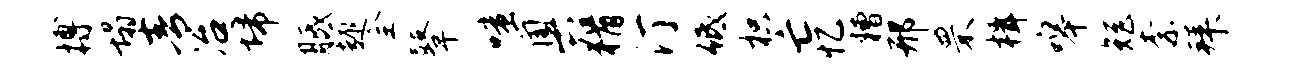
搏塌青冶埽胝趣全鼙嗤奥猾汀低枳亡忆糟邢罘楫嗥矩柰拜